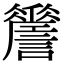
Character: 𧭨